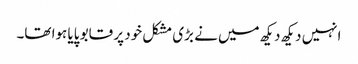
انہیں دیکھ دیکھ میں نے بڑی مشکل خود پر قابو پایا ہوا تھا۔